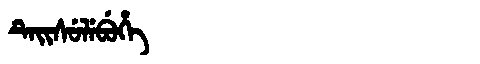
Manchu: ᡨᡝᡳᠰᡠᠯᡝᠪᡠᡥᡝ
Romanization: TEISULEBUHE